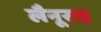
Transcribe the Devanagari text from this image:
लैनूराह